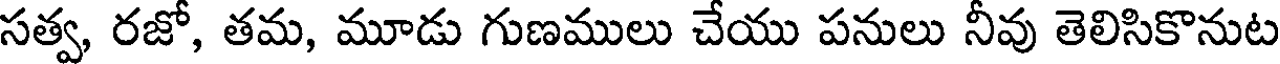
సత్వ, రజో, తమ, మూడు గుణములు చేయు పనులు నీవు తెలిసికొనుట